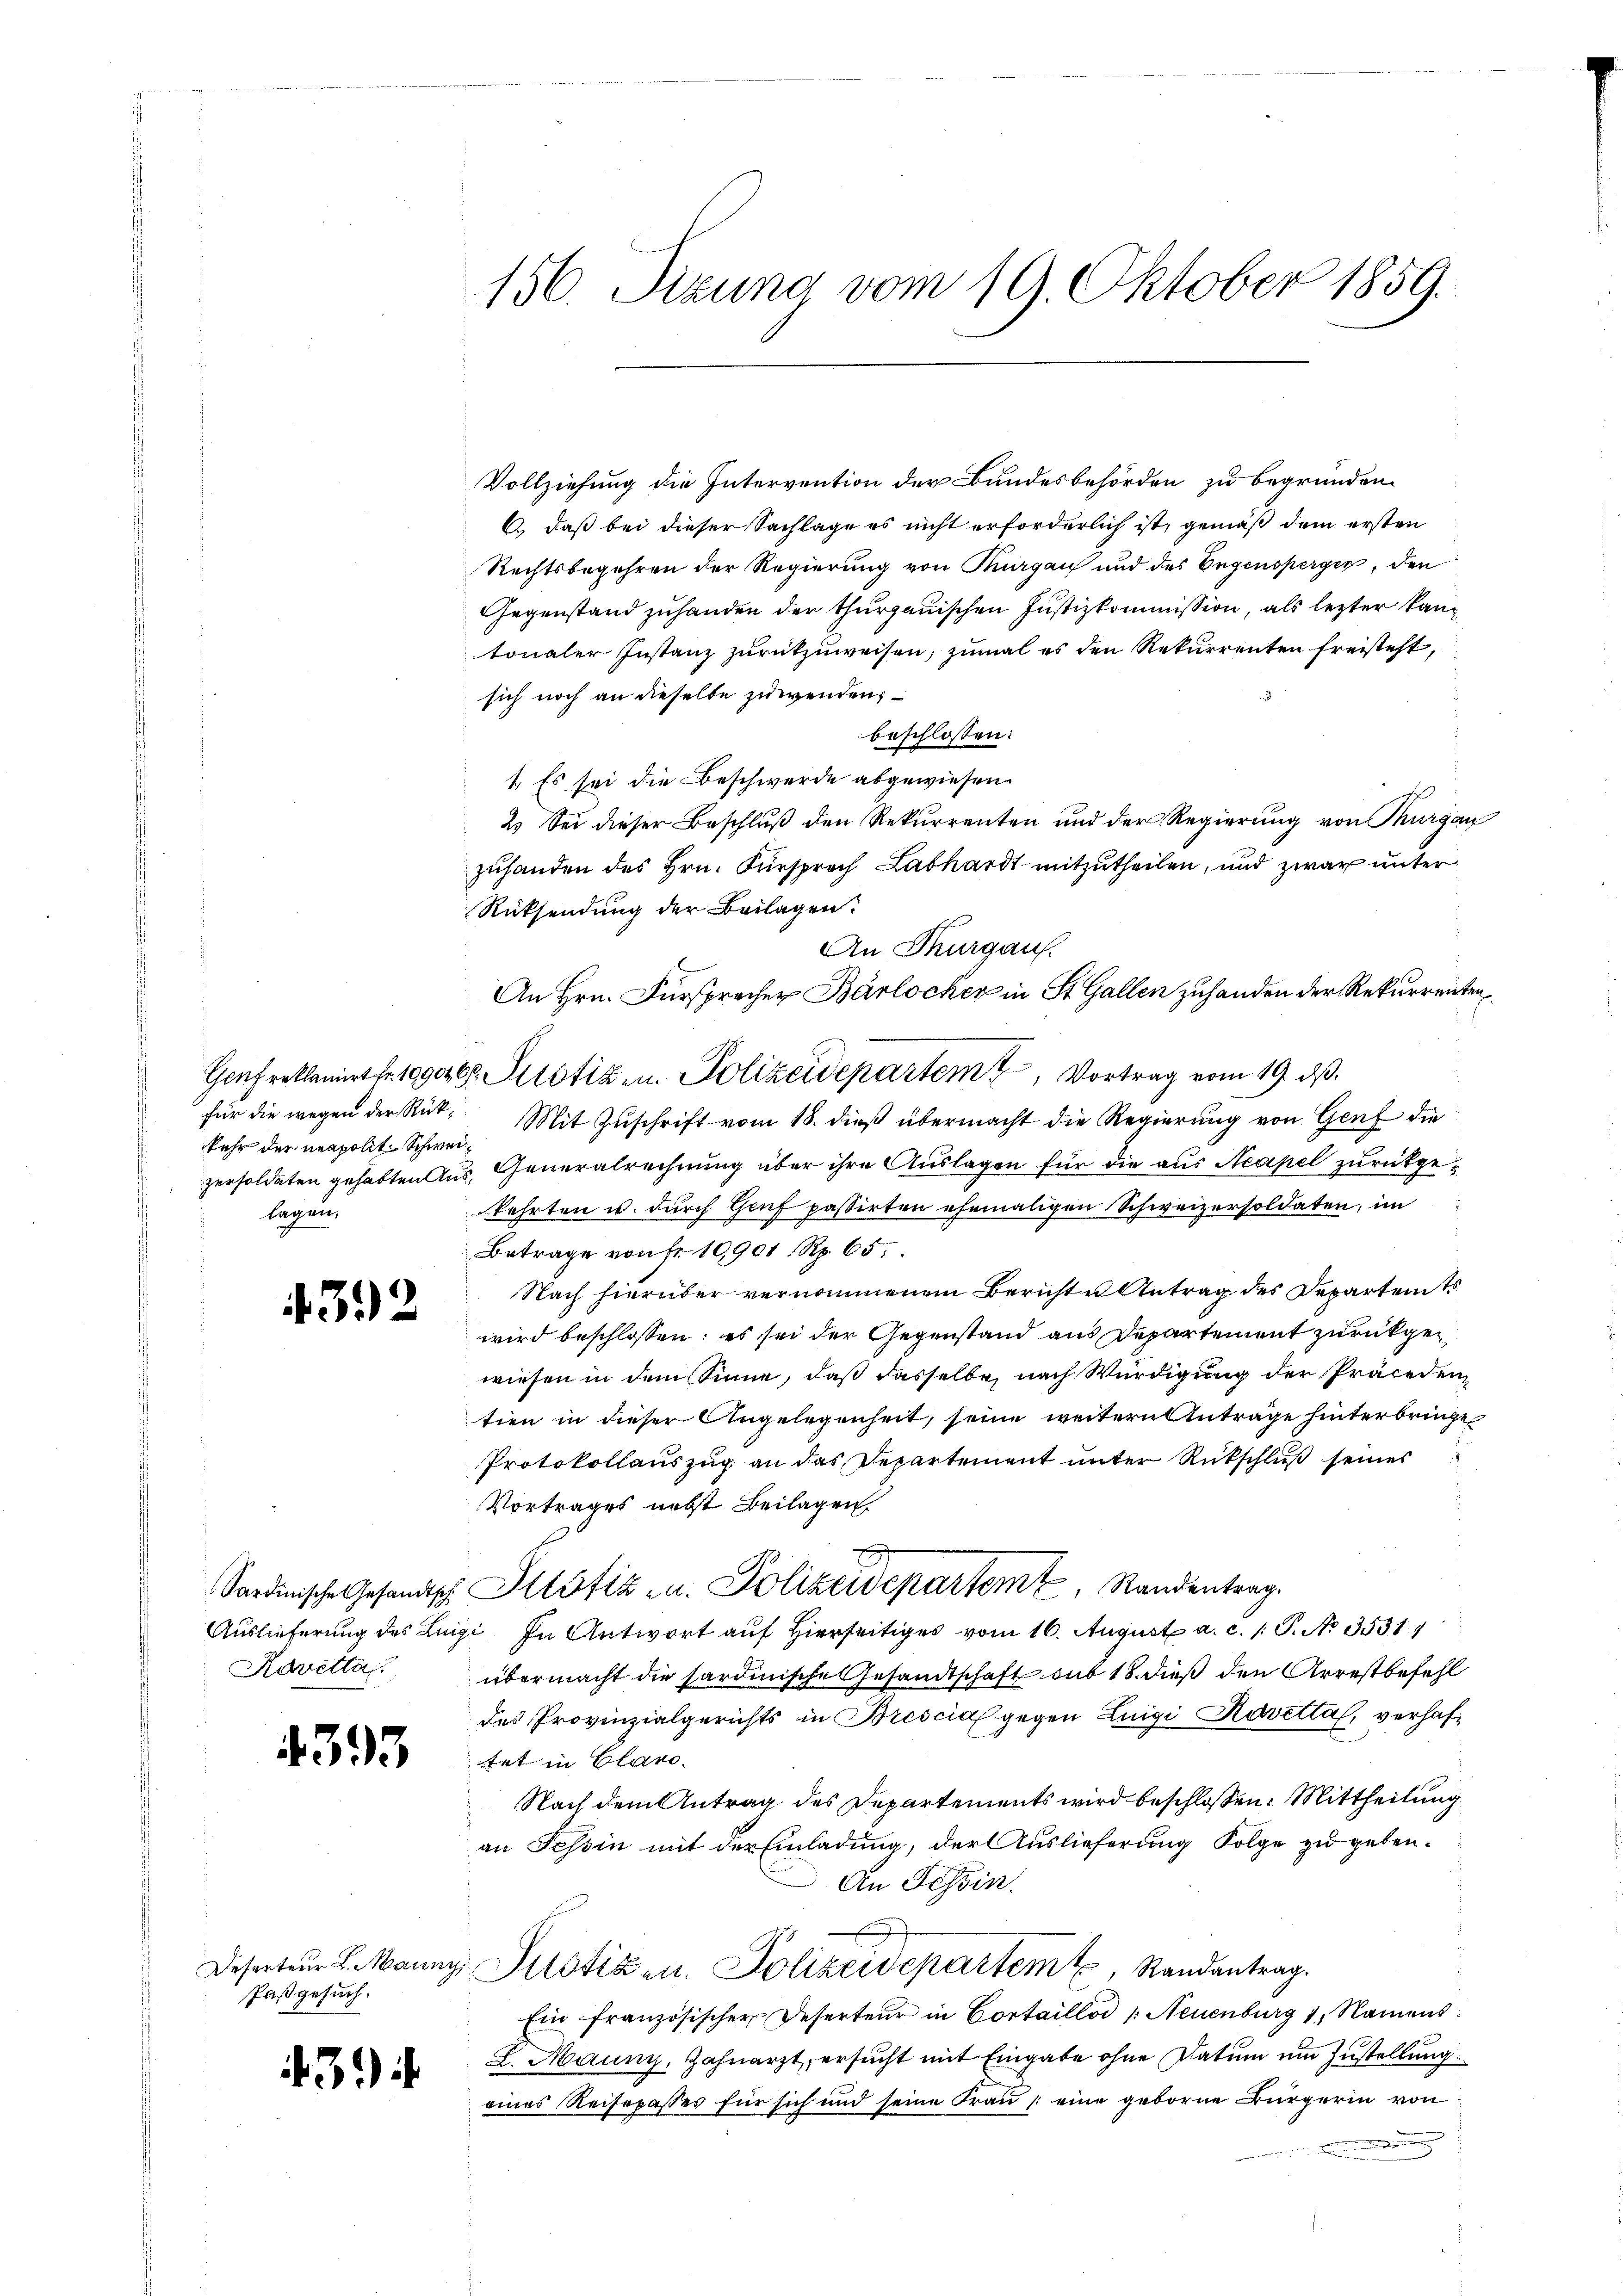
kehr der neapolit. Schweilagen,

4392

Ravettal.

4393

Paß gesuch.

3

156. Sizung vom 19. Oktober 1859.

Vollziehung die Intervention der Bundesbehörden zu begründen.
6., daß bei dieser Sachlage es nicht erforderlich ist, gemäß dem ersten
Rechtsbegehren der Regierung von Thurgau und des Engensperger, den
Gegenstand zuhanden der thurgauischen Justizkommission, als lezter kantonaler Instanz zurükzuweisen, zumal es den Rekurrenten freisteht,
sich noch an dieselbe zuwenden;
beschlossen:
1. Es sei die Beschwerde abgewiesen.
2. Sei dieser Beschluß den Rekurrenten und der Regierung von Thurgau
zuhanden des Hrn. Fürsprach Labhardt mitzutheilen, und zwar unter
Rücksendung der Beilagen.
An Thurgau.
An Hrn. Fürsprecher Barlocher in St. Gallen zuhanden der Rekurrenten
Genf reklamiert fr. 1090268. Potiz u. Polizeidepartem Vortrag vom 19. ds.
für die wegen der Rück. Mit Zuschrift vom 18. dieß übermacht die Regierung von Genf die
zersoldaten gehabten Aus Generalrechnung über ihre Auslagen für die aus Neapel zurückgekehrten u. durch Genf passirten ehemaligen Schweizersoldaten, im
Betrage von fr. 10901 Rp. 65,
Nach hierüber vernommenem Bericht u Antrag des Departents
wird beschlossen: es sei der Gegenstand aus Departement zurückgewiesen in dem Sinne, daß dasselbe nach Würdigung der Präceden
tien in dieser Angelegenheit, seine weitern Anträge hinterbringe
Protokollauszug an das Departement unter Rückschluß seines
Vortrages nebst Beilagen.
Sardinische Gesandtsch. Altötiz u. Polizeidepartem Standentrag
Auslieferung des Luigi. In Antwort auf hierseitiges vom 16. August a. c. 1 S. No. 3531
übermacht die sardinische Gesandtschaft aus 18. dieß den Arrestbefehl
des Provinzialgerichts in Brescia gegen Luigi Rovetta, verhaftet in Clare
Nach dem Antrag des Departements wird beschlossen: Mittheilung
an Tessin mit der Einladung, der Auslieferung Folge zu geben.
An Tessin.
Deserteur L. Manny, Pustizen. Polizeidepartemt, Randantrag.
Ein französischer Deserteur in Cortaillos /: Neuenburg 1. Namens
L. Mauny, Zahnarzt, ersucht mit Eingabe ohne Datum um Zustellung
eines Reisepasses für sich und seine Frau eine geborne Bürgerin von
u